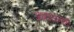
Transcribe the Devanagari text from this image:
अध्यायानाशी